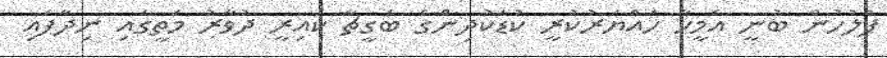
ފުލުހުން ބުނީ އެމީހާ ހައްޔަރުކުރީ ކުޑަކުދިންގެ ބަގީޗާ ކައިރީ ދުވާރު މަތީގައި ނިދާފައި